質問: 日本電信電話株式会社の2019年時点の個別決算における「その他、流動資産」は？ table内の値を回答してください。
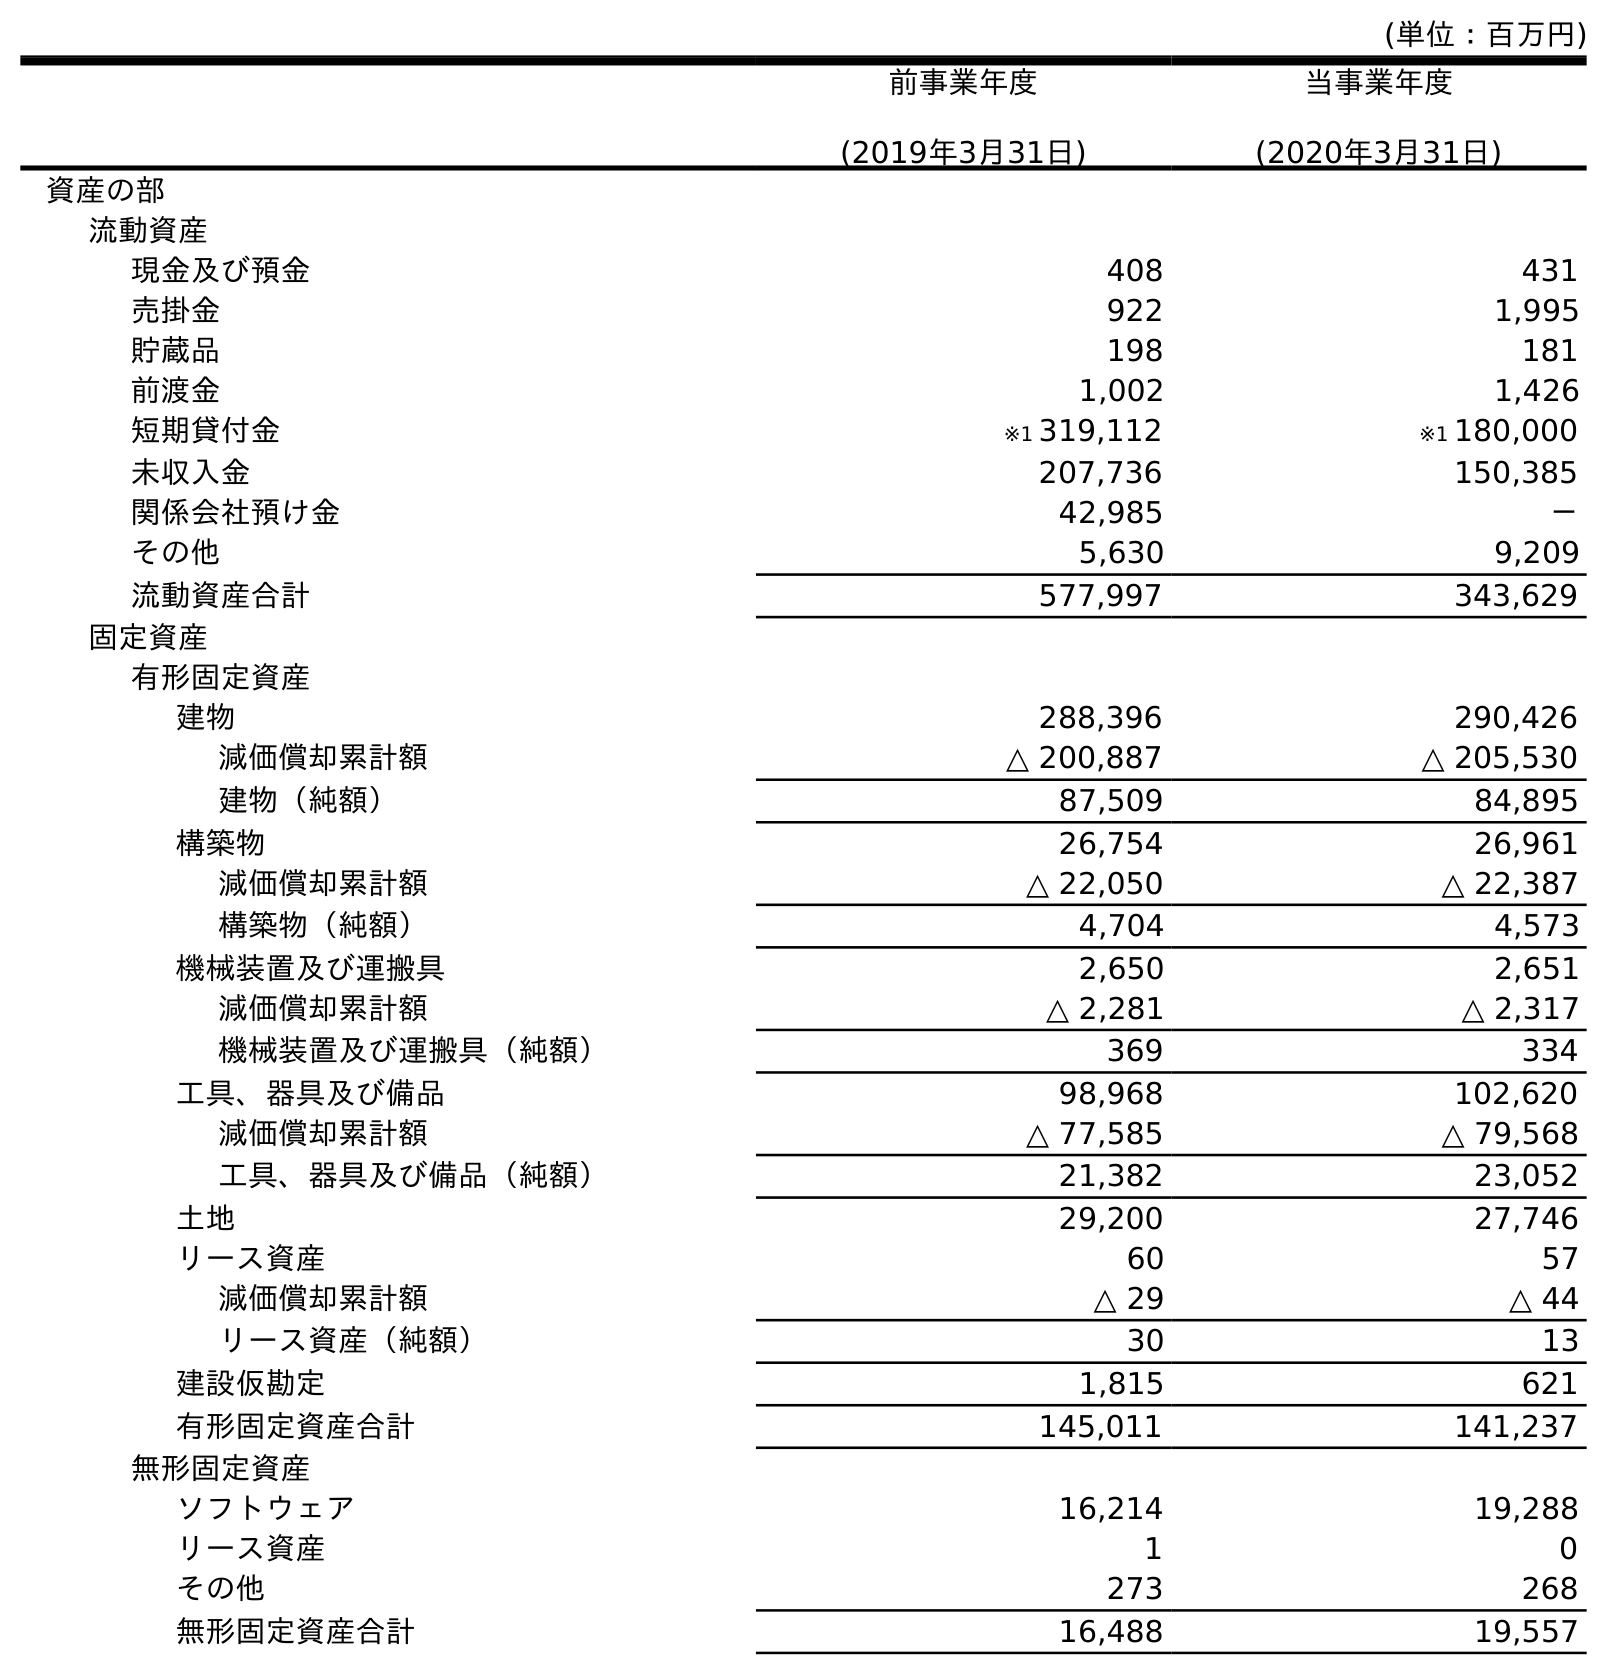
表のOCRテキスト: (単位：百万円) 前事業年度 (2019年3月31日) 当事業年度 (2020年3月31日) 資産の部 流動資産 現金及び預金 408 431 売掛金 922 1,995 貯蔵品 198 181 前渡金 1,002 1,426 短期貸付金 ※1 319,112 ※1 180,000 未収入金 207,736 150,385 関係会社預け金 42,985 － その他 5,630 9,209 流動資産合計 577,997 343,629 固定資産 有形固定資産 建物 288,396 290,426 減価償却累計額 △ 200,887 △ 205,530 建物（純額） 87,509 84,895 構築物 26,754 26,961 減価償却累計額 △ 22,050 △ 22,387 構築物（純額） 4,704 4,573 機械装置及び運搬具 2,650 2,651 減価償却累計額 △ 2,281 △ 2,317 機械装置及び運搬具（純額） 369 334 工具、器具及び備品 98,968 102,620 減価償却累計額 △ 77,585 △ 79,568 工具、器具及び備品（純額） 21,382 23,052 土地 29,200 27,746 リース資産 60 57 減価償却累計額 △ 29 △ 44 リース資産（純額） 30 13 建設仮勘定 1,815 621 有形固定資産合計 145,011 141,237 無形固定資産 ソフトウェア 16,214 19,288 リース資産 1 0 その他 273 268 無形固定資産合計 16,488 19,557
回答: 5,630